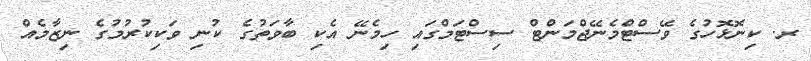
ރ. ކިނޮޅޮހުގެ ވޭސްޓްމެނޭޖްމަންޓް ސިސްޓަމްގައި ހިމެނޭ އެކި ބާވަތުގެ ކުނި ވަކިކުރުމުގެ ނިޒާމެއް